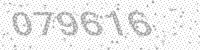
Solution: 079616